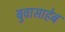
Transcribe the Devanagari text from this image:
बुवासाहेब